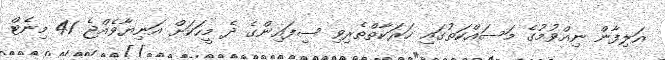
އަލިފާން ނިއްވުމުގެ މަސައްކަތުގައި ހަރަކާތްތެރިވި ސިފައިންގެ ދެ މީހަކަށް އަނިޔާވެއްޖެ 41 މިނެޓް